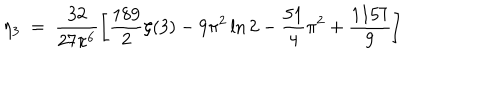
LaTeX: \eta _ { 3 } ~ = ~ \frac { 3 2 } { 2 7 \pi ^ { 6 } } \left[ \frac { 1 8 9 } { 2 } \zeta ( 3 ) - 9 \pi ^ { 2 } \ln 2 - \frac { 5 1 } { 4 } \pi ^ { 2 } + \frac { 1 1 5 7 } { 9 } \right]